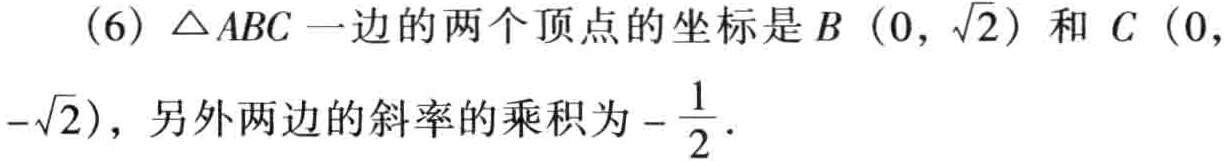
(6) \(\triangle ABC\) 一边的两个顶点的坐标是 \(B(0,\sqrt{2})\) 和 \(C(0,-\sqrt{2})\)，另外两边的斜率的乘积为 \(-\frac{1}{2}\)．